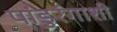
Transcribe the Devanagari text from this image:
पांडुरंगाशी